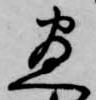
尽